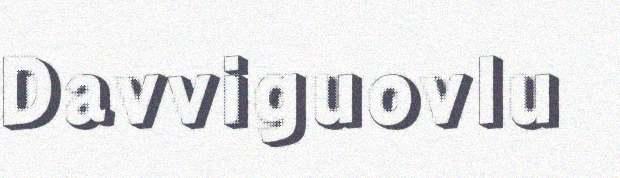
Davviguovlu